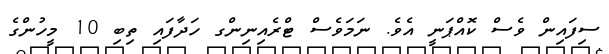
ސިފައިން ވެސް ކޮއްޕަނީ އެވެ. ނަމަވެސް ޓްރެއިނިންގ ހަދާފައި ތިބި 10 މީހުންގެ